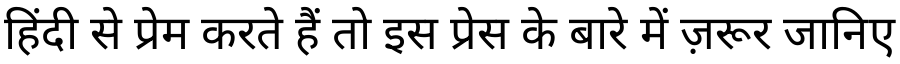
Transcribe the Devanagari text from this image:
हिंदी से प्रेम करते हैं तो इस प्रेस के बारे में ज़रूर जानिए